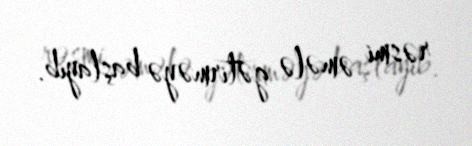
rəsmi əmələ gətirməyə başlayıb.